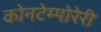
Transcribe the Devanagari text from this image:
कोनटेम्पोरेरी